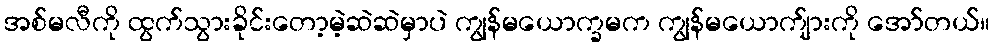
အစ်မလီကို ထွက်သွားခိုင်းတော့မဲ့ဆဲဆဲမှာပဲ ကျွန်မယောက္ခမက ကျွန်မယောက်ျားကို အော်တယ်။